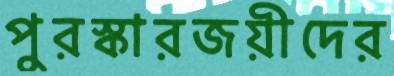
পুরস্কারজয়ীদের